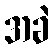
အခဲ